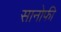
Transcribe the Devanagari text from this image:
सानोफी